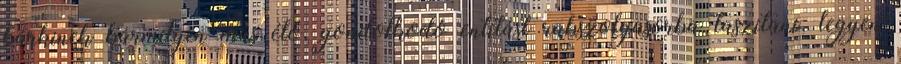
bárkinek bármilyen más élő, gondolkodó entitást rabszolgasorba taszítani, legyen